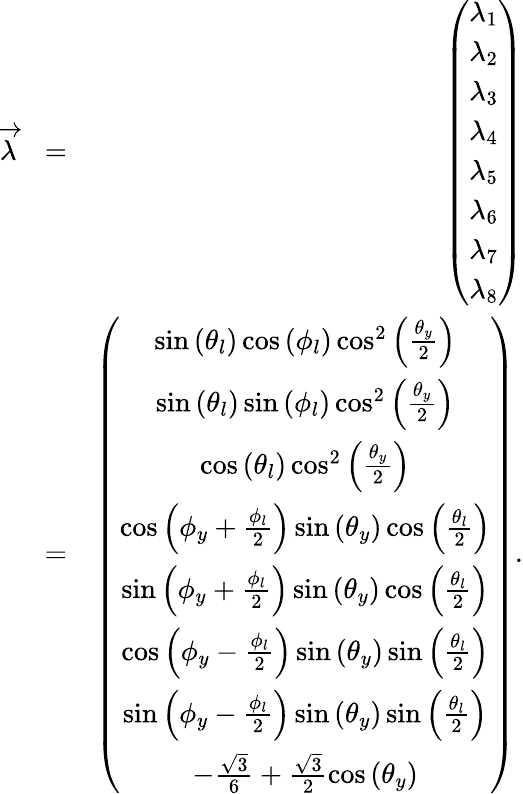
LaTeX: \begin{array}{rlr}{\overrightarrow{\lambda}}&{=}&{\left(\begin{array}{c}{\lambda_{1}}\\ {\lambda_{2}}\\ {\lambda_{3}}\\ {\lambda_{4}}\\ {\lambda_{5}}\\ {\lambda_{6}}\\ {\lambda_{7}}\\ {\lambda_{8}}\end{array}\right)}\\ &{=}&{\left(\begin{array}{c}{\sin\left(\theta_{l}\right)\cos\left(\phi_{l}\right)\cos^{2}\left(\frac{\theta_{y}}{2}\right)}\\ {\sin\left(\theta_{l}\right)\sin\left(\phi_{l}\right)\cos^{2}\left(\frac{\theta_{y}}{2}\right)}\\ {\cos\left(\theta_{l}\right)\cos^{2}\left(\frac{\theta_{y}}{2}\right)}\\ {\cos\left(\phi_{y}+\frac{\phi_{l}}{2}\right)\sin\left(\theta_{y}\right)\cos\left(\frac{\theta_{l}}{2}\right)}\\ {\sin\left(\phi_{y}+\frac{\phi_{l}}{2}\right)\sin\left(\theta_{y}\right)\cos\left(\frac{\theta_{l}}{2}\right)}\\ {\cos\left(\phi_{y}-\frac{\phi_{l}}{2}\right)\sin\left(\theta_{y}\right)\sin\left(\frac{\theta_{l}}{2}\right)}\\ {\sin\left(\phi_{y}-\frac{\phi_{l}}{2}\right)\sin\left(\theta_{y}\right)\sin\left(\frac{\theta_{l}}{2}\right)}\\ {-\frac{\sqrt{3}}{6}+\frac{\sqrt{3}}{2}\cos\left(\theta_{y}\right)}\end{array}\right).}\end{array}